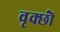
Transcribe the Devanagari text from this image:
वृक्छॊं